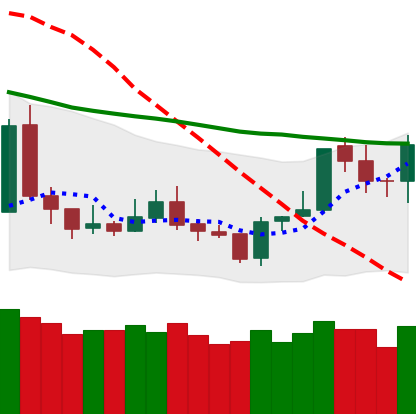
Ticker: TRX-USD
Chart end date: 2020-01-10
Forward return: 18.27%
Label: up_7plus